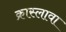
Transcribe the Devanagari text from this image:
क्रास्लावा